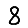
Digit: 8